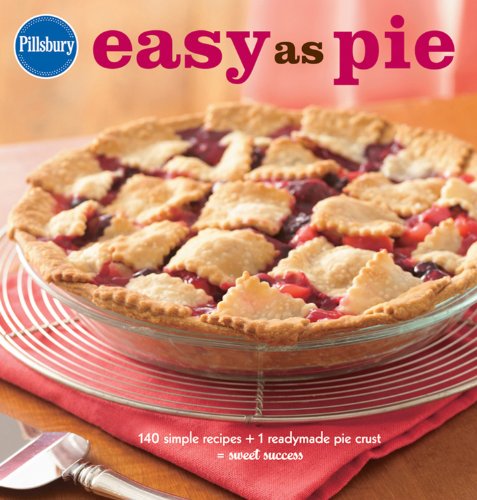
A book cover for Pillsbury Easy as Pie: 140 Simple Recipes + 1 Readymade Pie Crust = Sweet Success (Pillsbury Cooking); Pillsbury Editors; Cookbooks, Food & Wine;